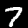
Label: 7